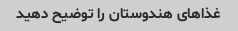
غذاهای هندوستان را توضیح دهید